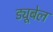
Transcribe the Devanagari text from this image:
ड्यूबेल